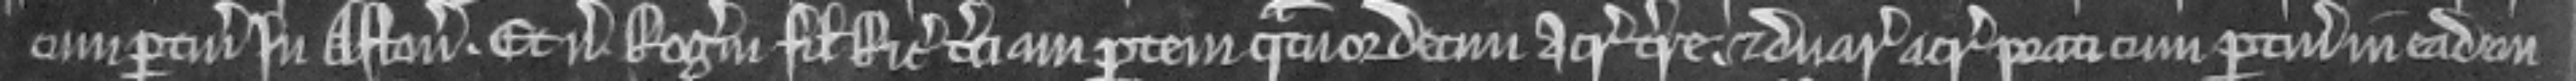
cum pertinenciis in Aston. Et versus Rogerum filium Ricardi terciam partem quatuordecim acrarum terre et duarum acrarum prati cum pertinenciis in eadem